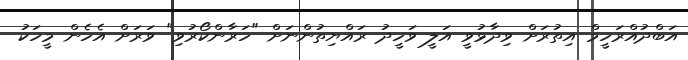
އަބްދުއްރަހީމް އިތުރަށް ވިދާޅުވީ އަލީ ވަހީދު ރައްޔިތުންނަށް "ހަރާންކޯރުވި" ވަރަށް އެހެން މީހަކު